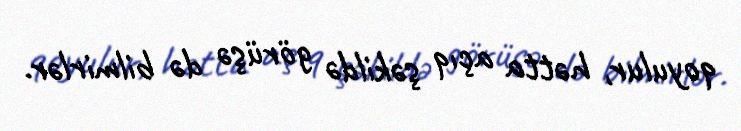
qoyulur, hətta açıq şəkildə görüşə də bilmirlər.